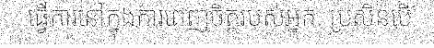
ធ្វើការនៅក្នុងការពេញចិត្តរបស់អ្នក. ប្រសិនបើ